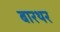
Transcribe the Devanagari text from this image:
बारथर